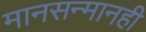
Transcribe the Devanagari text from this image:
मानसन्मानही